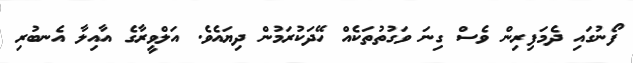
ފޯނުގައި ދެމަފިރިން ވެސް ގިނަ ވަގުތުތަކެއް ހޭދަކުރަމުން ދިޔައެވެ. އަލްވީރާގެ އާއިލާ އެނބުރި